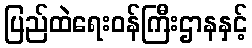
ပြည်ထဲရေးဝန်ကြီးဌာနနှင့်